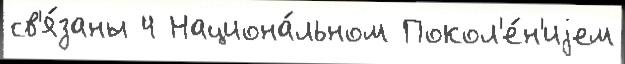
св'я́заны 4 Национа́льном Покол'е́н'иjем